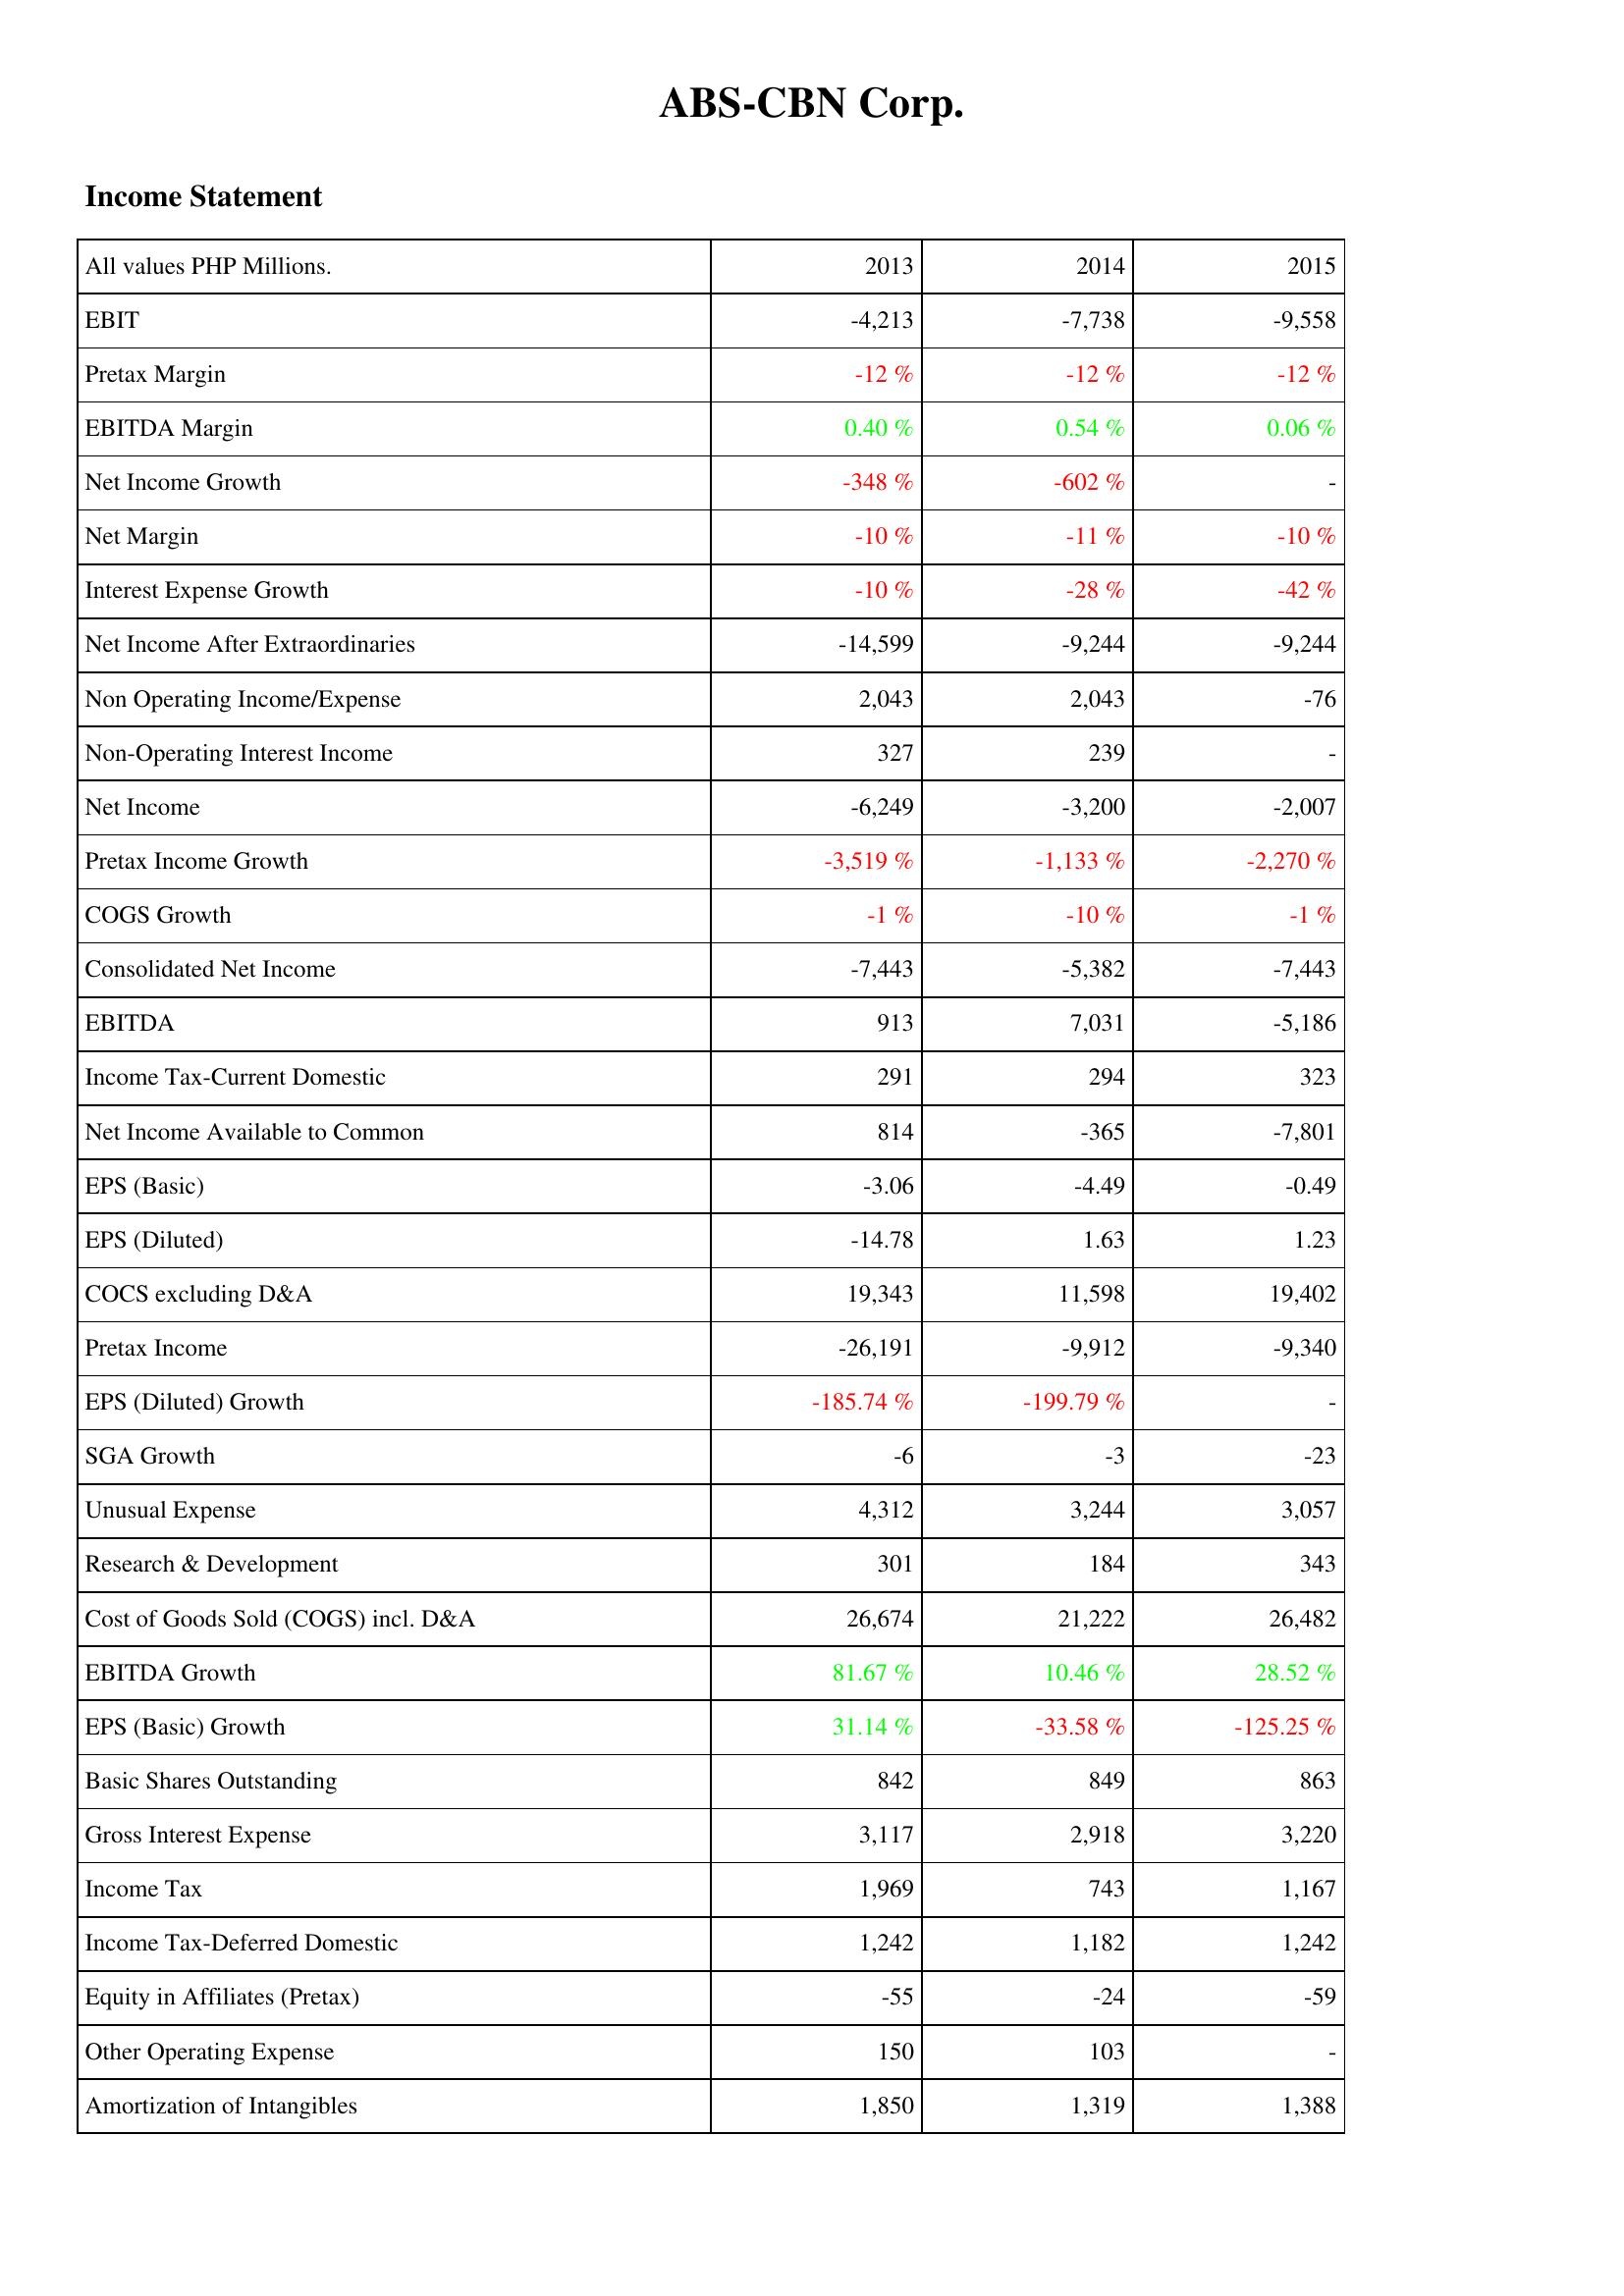
2013: Income Statement: EBIT: -4,213
Pretax Margin: -12 %
EBITDA Margin: 0.40 %
Net Income Growth: -348 %
Net Margin: -10 %
Interest Expense Growth: -10 %
Net Income After Extraordinaries: -14,599
Non Operating Income/Expense: 2,043
Non-Operating Interest Income: 327
Net Income: -6,249
Pretax Income Growth: -3,519 %
COGS Growth: -1 %
Consolidated Net Income: -7,443
EBITDA: 913
Income Tax-Current Domestic: 291
Net Income Available to Common: 814
EPS (Basic): -3.06
EPS (Diluted): -14.78
COCS excluding D&A: 19,343
Pretax Income: -26,191
EPS (Diluted) Growth: -185.74 %
SGA Growth: -6
Unusual Expense: 4,312
Research & Development: 301
Cost of Goods Sold (COGS) incl. D&A: 26,674
EBITDA Growth: 81.67 %
EPS (Basic) Growth: 31.14 %
Basic Shares Outstanding: 842
Gross Interest Expense: 3,117
Income Tax: 1,969
Income Tax-Deferred Domestic: 1,242
Equity in Affiliates (Pretax): -55
Other Operating Expense: 150
Amortization of Intangibles: 1,850
2014: Income Statement: EBIT: -7,738
Pretax Margin: -12 %
EBITDA Margin: 0.54 %
Net Income Growth: -602 %
Net Margin: -11 %
Interest Expense Growth: -28 %
Net Income After Extraordinaries: -9,244
Non Operating Income/Expense: 2,043
Non-Operating Interest Income: 239
Net Income: -3,200
Pretax Income Growth: -1,133 %
COGS Growth: -10 %
Consolidated Net Income: -5,382
EBITDA: 7,031
Income Tax-Current Domestic: 294
Net Income Available to Common: -365
EPS (Basic): -4.49
EPS (Diluted): 1.63
COCS excluding D&A: 11,598
Pretax Income: -9,912
EPS (Diluted) Growth: -199.79 %
SGA Growth: -3
Unusual Expense: 3,244
Research & Development: 184
Cost of Goods Sold (COGS) incl. D&A: 21,222
EBITDA Growth: 10.46 %
EPS (Basic) Growth: -33.58 %
Basic Shares Outstanding: 849
Gross Interest Expense: 2,918
Income Tax: 743
Income Tax-Deferred Domestic: 1,182
Equity in Affiliates (Pretax): -24
Other Operating Expense: 103
Amortization of Intangibles: 1,319
2015: Income Statement: EBIT: -9,558
Pretax Margin: -12 %
EBITDA Margin: 0.06 %
Net Income Growth: -
Net Margin: -10 %
Interest Expense Growth: -42 %
Net Income After Extraordinaries: -9,244
Non Operating Income/Expense: -76
Non-Operating Interest Income: -
Net Income: -2,007
Pretax Income Growth: -2,270 %
COGS Growth: -1 %
Consolidated Net Income: -7,443
EBITDA: -5,186
Income Tax-Current Domestic: 323
Net Income Available to Common: -7,801
EPS (Basic): -0.49
EPS (Diluted): 1.23
COCS excluding D&A: 19,402
Pretax Income: -9,340
EPS (Diluted) Growth: -
SGA Growth: -23
Unusual Expense: 3,057
Research & Development: 343
Cost of Goods Sold (COGS) incl. D&A: 26,482
EBITDA Growth: 28.52 %
EPS (Basic) Growth: -125.25 %
Basic Shares Outstanding: 863
Gross Interest Expense: 3,220
Income Tax: 1,167
Income Tax-Deferred Domestic: 1,242
Equity in Affiliates (Pretax): -59
Other Operating Expense: -
Amortization of Intangibles: 1,388